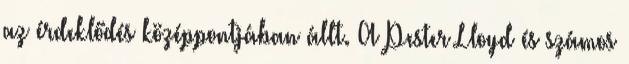
az érdeklődés középpontjában állt. A Pester Lloyd és számos